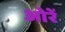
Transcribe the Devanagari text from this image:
ओरें